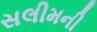
સલીમની